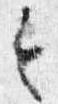
令